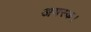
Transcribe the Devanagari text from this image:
अयस्क।